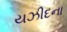
યઝીદના